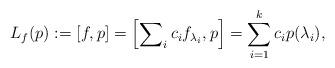
LaTeX: \begin{align*}L_f(p):=[f,p] =\left[\sum\nolimits_i c_i f_{\lambda_i},p\right] =\sum_{i=1}^k c_i p(\lambda_i),\end{align*}